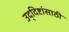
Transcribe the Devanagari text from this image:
उद्‍दिष्टांसाठी